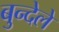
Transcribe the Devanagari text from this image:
बुन्देले